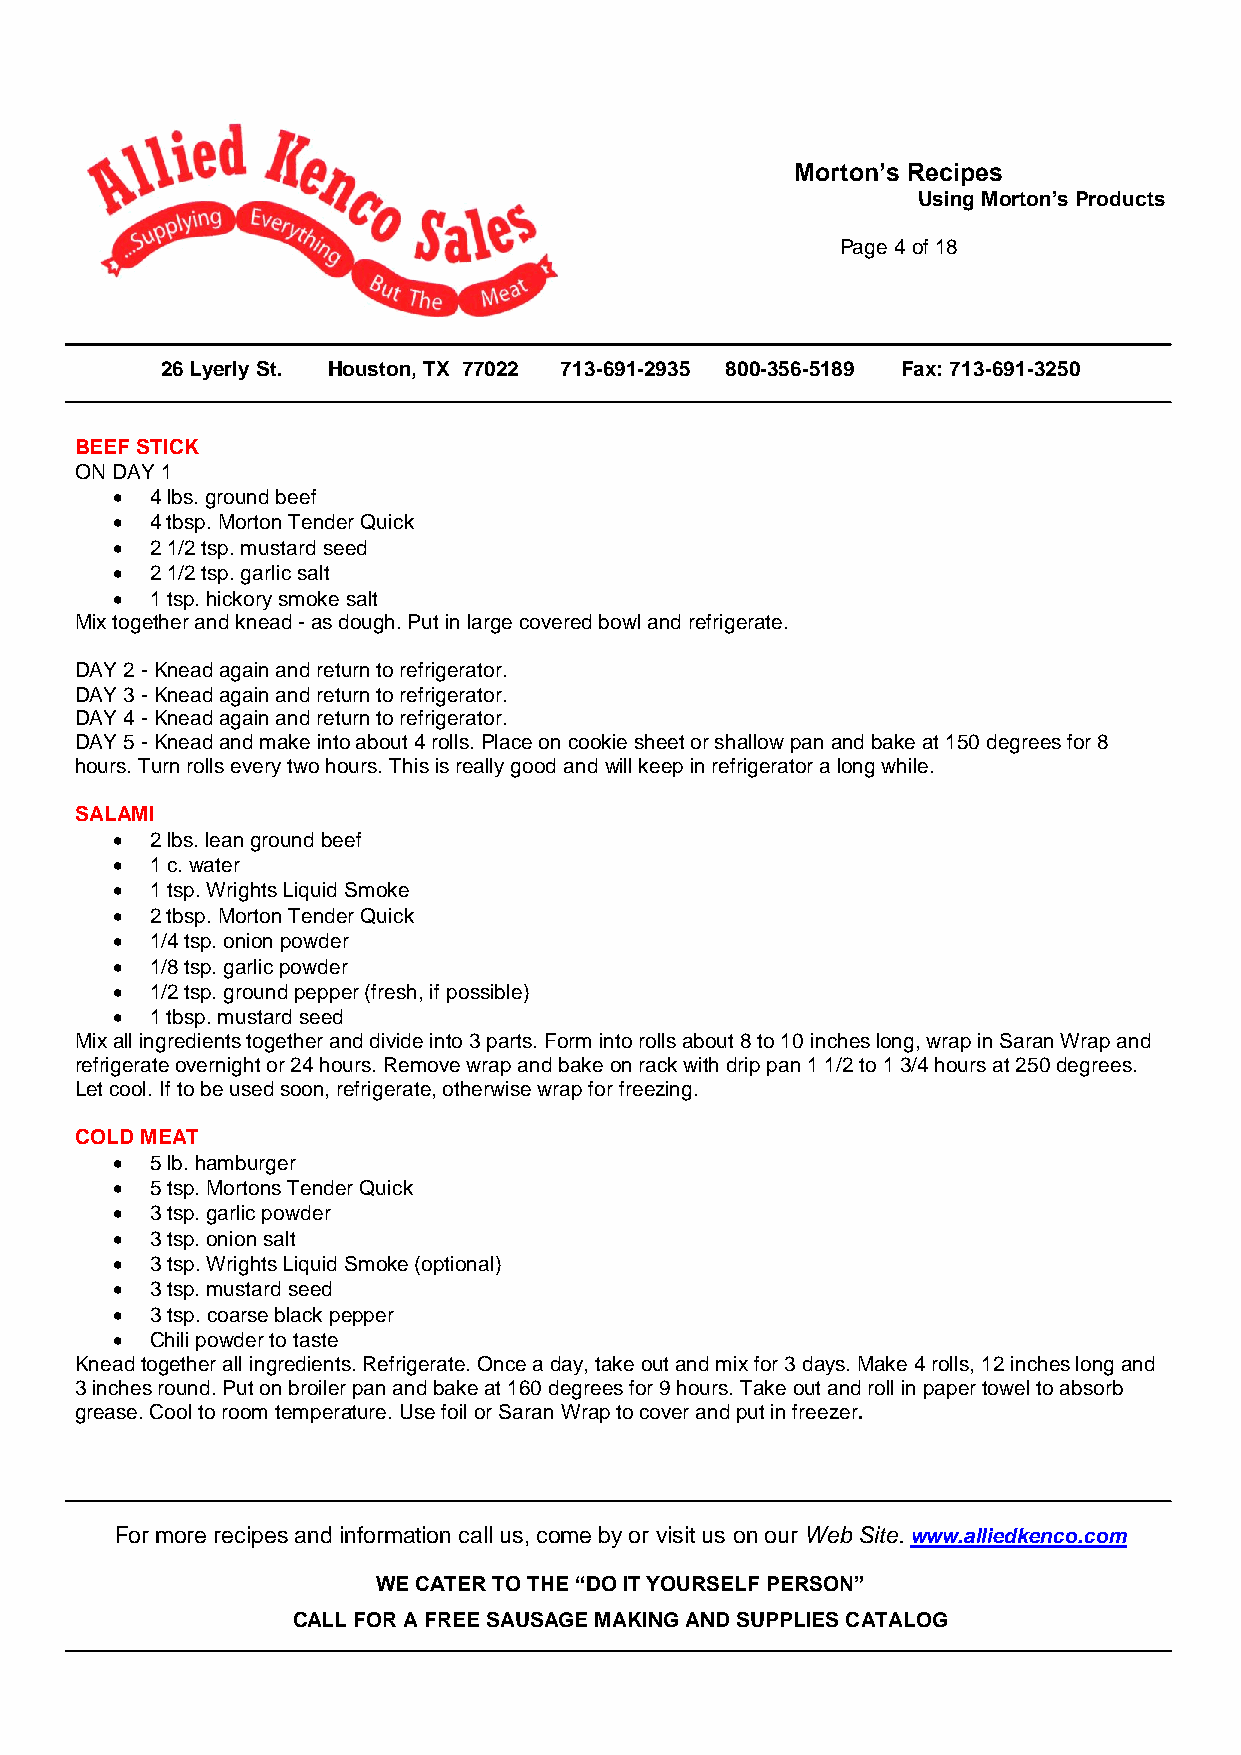
Morton’s Recipes
 Using Morton’s Products
 Page 4 of 18
 26 Lyerly St. Houston, TX 77022 713-691-2935 800-356-5189 Fax: 713-691-3250
 BEEF STICK
 ON DAY 1
   4 lbs. ground beef
   4 tbsp. Morton Tender Quick
   2 1/2 tsp. mustard seed
   2 1/2 tsp. garlic salt
   1 tsp. hickory smoke salt
 Mix together and knead - as dough. Put in large covered bowl and refrigerate.
 DAY 2 - Knead again and return to refrigerator.
 DAY 3 - Knead again and return to refrigerator.
 DAY 4 - Knead again and return to refrigerator.
 DAY 5 - Knead and make into about 4 rolls. Place on cookie sheet or shallow pan and bake at 150 degrees for 8
 hours. Turn rolls every two hours. This is really good and will keep in refrigerator a long while.
 SALAMI
   2 lbs. lean ground beef
   1 c. water
   1 tsp. Wrights Liquid Smoke
   2 tbsp. Morton Tender Quick
   1/4 tsp. onion powder
   1/8 tsp. garlic powder
   1/2 tsp. ground pepper (fresh, if possible)
   1 tbsp. mustard seed
 Mix all ingredients together and divide into 3 parts. Form into rolls about 8 to 10 inches long, wrap in Saran Wrap and
 refrigerate overnight or 24 hours. Remove wrap and bake on rack with drip pan 1 1/2 to 1 3/4 hours at 250 degrees.
 Let cool. If to be used soon, refrigerate, otherwise wrap for freezing.
 COLD MEAT
   5 lb. hamburger
   5 tsp. Mortons Tender Quick
   3 tsp. garlic powder
   3 tsp. onion salt
   3 tsp. Wrights Liquid Smoke (optional)
   3 tsp. mustard seed
   3 tsp. coarse black pepper
   Chili powder to taste
 Knead together all ingredients. Refrigerate. Once a day, take out and mix for 3 days. Make 4 rolls, 12 inches long and
 3 inches round. Put on broiler pan and bake at 160 degrees for 9 hours. Take out and roll in paper towel to absorb
 grease. Cool to room temperature. Use foil or Saran Wrap to cover and put in freezer.
 For more recipes and information call us, come by or visit us on our Web Site. www.alliedkenco.com
 WE CATER TO THE “DO IT YOURSELF PERSON”
 CALL FOR A FREE SAUSAGE MAKING AND SUPPLIES CATALOG